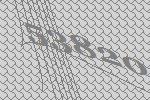
53820